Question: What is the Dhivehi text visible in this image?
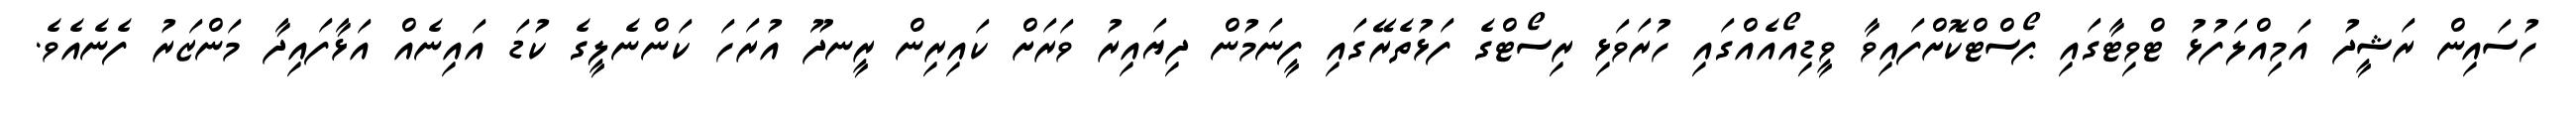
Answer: ހުސައިން ރަޝީދު އަމިއްލަފުޅު ޓްވިޓާގައި ޕޯސްޓްކޮށްފައިވާ ވީޑިއޯއެއްގައި ހުރަވަޅި ރިސޯޓްގެ ފަޅުތެރޭގައި ފީނަމުން ދިޔައިރު ވަރަށް ކައިރިން ރީނދޫ އުރަހަ ކަންނެލީގެ ކުޑަ އައިނެއް އަޅާފައިދާ މަންޒަރު ފެނެއެވެ.